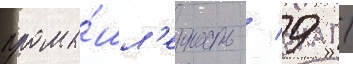
промы́шл'енность / 9 /